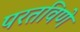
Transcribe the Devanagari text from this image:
परतविणे